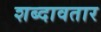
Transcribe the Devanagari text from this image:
शब्दावतार